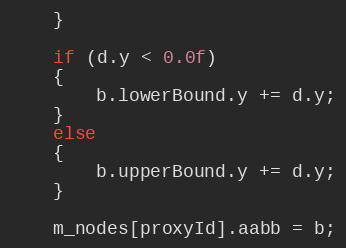
Language: C++
	}

	if (d.y < 0.0f)
	{
		b.lowerBound.y += d.y;
	}
	else
	{
		b.upperBound.y += d.y;
	}

	m_nodes[proxyId].aabb = b;